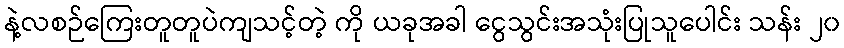
နဲ့လစဉ်ကြေးတူတူပဲကျသင့်တဲ့ ကို ယခုအခါ ငွေသွင်းအသုံးပြုသူပေါင်း သန်း ၂၀